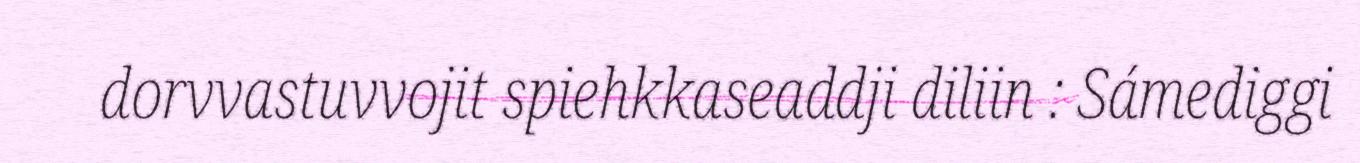
dorvvastuvvojit spiehkkaseaddji diliin : Sámediggi